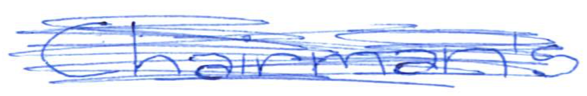
Text: Chairman's
Cross-out: scratch
Writing tool: ballpoint